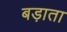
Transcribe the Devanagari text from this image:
बड़ाता